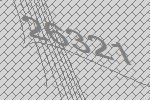
26321